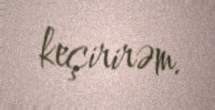
keçirirəm.